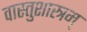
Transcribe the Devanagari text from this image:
वास्तुशास्त्रम्‌